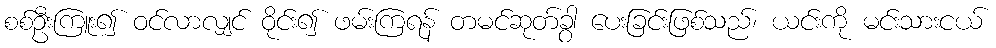
စစ်ဦးကြူး၍ ဝင်လာလျှင် ဝိုင်း၍ ဖမ်းကြရန် တမင်ဆုတ်ခွာ ပေးခြင်းဖြစ်သည်၊ ယင်းကို မင်းသားငယ်